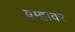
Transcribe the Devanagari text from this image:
ब्रम्हावर